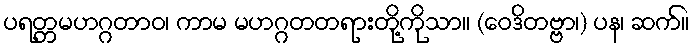
ပရတ္တမဟဂ္ဂတာဝ၊ ကာမ မဟဂ္ဂတတရားတို့ကိုသာ။ (ဝေဒိတဗ္ဗာ၊) ပန၊ ဆက်။